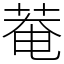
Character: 菴